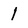
Character: l